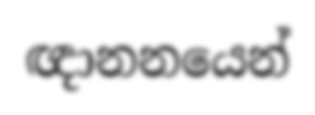
ඥානනයෙන්